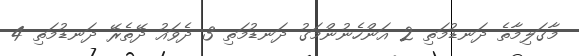
މާގަލިމާތެ ދަނޑުމަތި 2 އަންހެނުންމަގު ދަނޑުމަތި 3 ދެވައު ދޭތެރޭ ދަނޑުމަތި 4